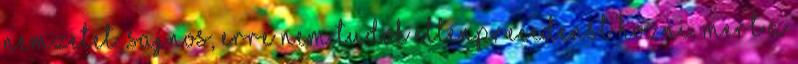
nemzetet. Sajnos, erre nem tudok ellenprecedenst hozni, mert a